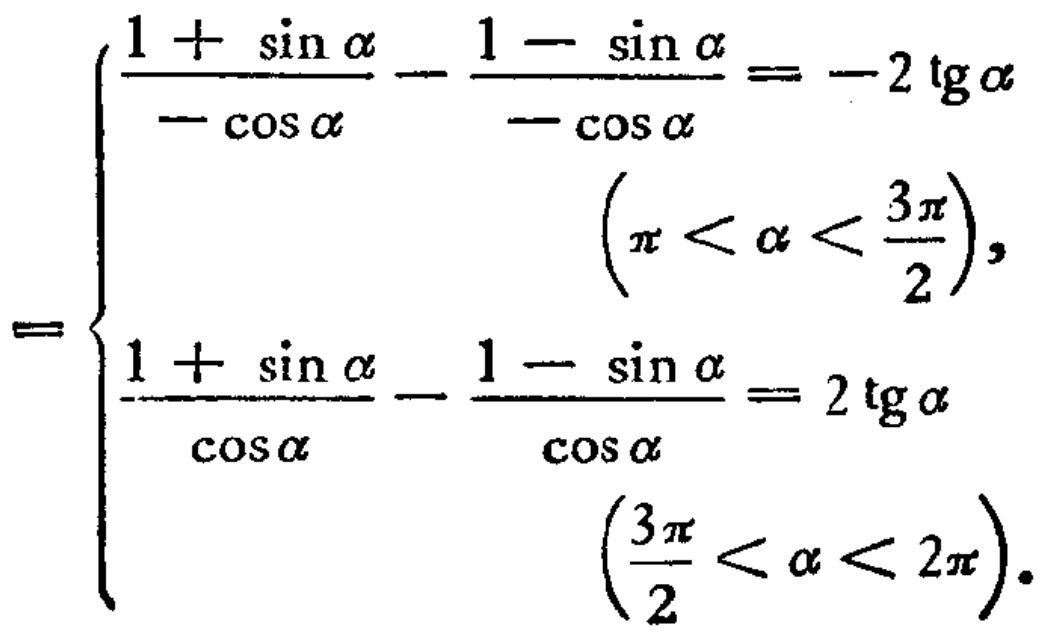
\[

=

\begin{cases}

\frac{1 + \sin\alpha}{-\cos\alpha} - \frac{1 - \sin\alpha}{-\cos\alpha} = -2\operatorname{tg}\alpha & (\pi < \alpha < \frac{3\pi}{2}), \\

\frac{1 + \sin\alpha}{\cos\alpha} - \frac{1 - \sin\alpha}{\cos\alpha} = 2\operatorname{tg}\alpha & (\frac{3\pi}{2} < \alpha < 2\pi).

\end{cases}

\]